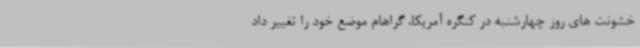
خشونت های روز چهارشنبه در کنگره آمریکا، گراهام موضع خود را تغییر داد